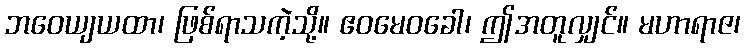
ဘဝေယျယထာ၊ ဖြစ်ရာသကဲ့သို့။ ဧဝမေဝခေါ၊ ဤအတူလျှင်။ မဟာရာဇ၊